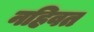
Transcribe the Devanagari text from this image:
नहिवत